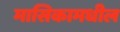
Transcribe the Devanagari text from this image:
मासिकामधील